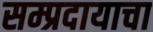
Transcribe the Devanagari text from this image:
सम्प्रदायाचा